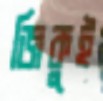
জিকুই